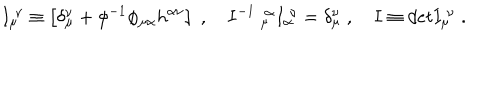
LaTeX: I _ { \mu } ^ { \ \nu } \equiv \left[ \delta _ { \mu } ^ { \nu } + \phi ^ { - 1 } \phi _ { \mu \alpha } h ^ { \alpha \nu } \right] \; , \quad I ^ { - 1 } \ _ { \mu } ^ { \ \alpha } I _ { \alpha } ^ { \ \nu } = \delta _ { \mu } ^ { \nu } \; , \quad I \equiv d e t I _ { \mu } ^ { \ \nu } \; .